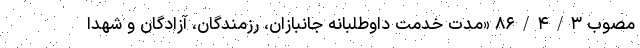
مصوب ۸۶/۴/۳ «مدت خدمت داوطلبانه جانبازان، رزمندگان، آزادگان و شهدا